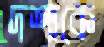
দশাকে